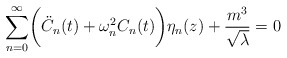
\begin{align*} \sum _{n=0}^{\infty} \biggl({\ddot C}_n(t) + \omega _n ^2 C_n(t)\biggr) \eta _n (z) + \frac {m^3}{\sqrt \lambda} = 0\end{align*}